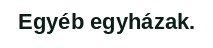
Egyéb egyházak.